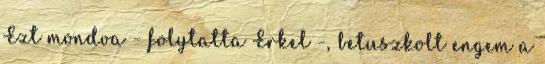
Ezt mondva - folytatta Erkel -, betuszkolt engem a